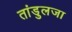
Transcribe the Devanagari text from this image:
तांडुलजा